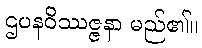
ဌပနဝိဿဇ္ဇနာ မည်၏။